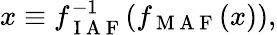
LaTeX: x\equiv f_{\mathrm{~I~A~F~}}^{-1}(f_{\mathrm{~M~A~F~}}(x)),